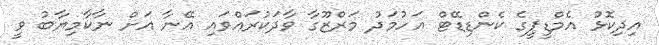
އިދިކޮޅު އެމްޑީޕީގެ ކެންޑިޑޭޓް އަހުމަދު މަރްޒޫގާ ވާދަކުރައްވައި އޭނާ އަށް ނާކާމިޔާބު ވީ